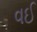
વઈ